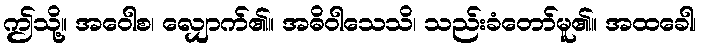
ဤသို့။ အဝေါစ၊ လျှောက်၏။ အဓိဝါသေသိ၊ သည်းခံတော်မူ၏။ အထခေါ၊